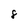
Character: 8